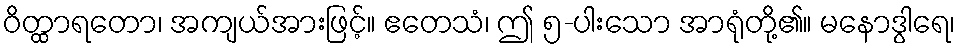
ဝိတ္ထာရတော၊ အကျယ်အားဖြင့်။ ဧတေသံ၊ ဤ ၅-ပါးသော အာရုံတို့၏။ မနောဒွါရေ၊